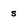
Character: 5